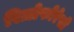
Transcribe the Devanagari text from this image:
रिज़ोफोरेसी